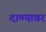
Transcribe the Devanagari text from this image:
दाण्यावर